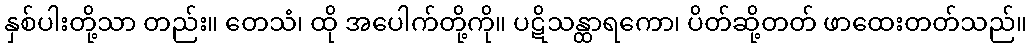
နှစ်ပါးတို့သာ တည်း။ တေသံ၊ ထို အပေါက်တို့ကို။ ပဋိသန္ထာရကော၊ ပိတ်ဆို့တတ် ဖာထေးတတ်သည်။